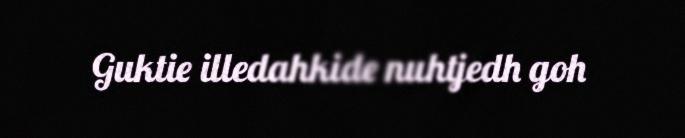
Guktie illedahkide nuhtjedh goh